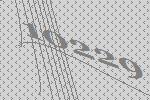
10229